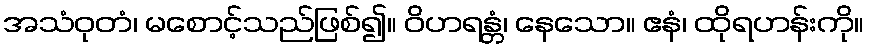
အသံဝုတံ၊ မစောင့်သည်ဖြစ်၍။ ဝိဟရန္တံ၊ နေသော။ ဧနံ၊ ထိုရဟန်းကို။